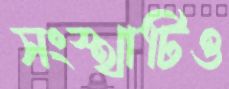
সংস্থাটিও